Report of an investigation of the epidemic of malarial fever in Assam, or, kala-azar
Disease focus: Malaria
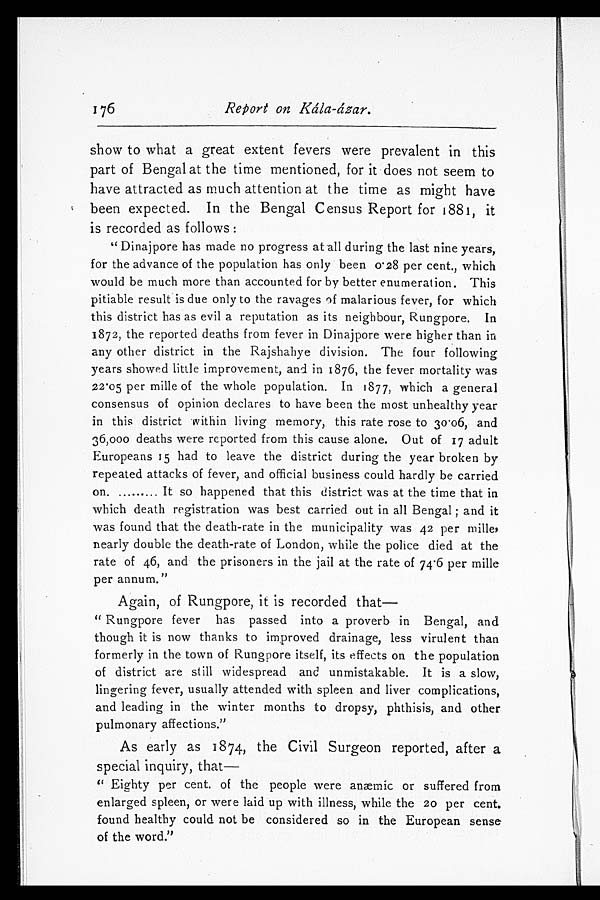
show to what a great extent fevers were prevalent in this
part of Bengal at the time mentioned, for it does not seem to
have attracted as much attention at the time as might have
been expected. In the Bengal Census Report for 1881, it
is recorded as follows:
"Dinajpore has made no progress at all during the last nine years,
for the advance of the population has only been 0·28 per cent., which
would be much more than accounted for by better enumeration. This
pitiable result is due only to the ravages of malarious fever, for which
this district has as evil a reputation as its neighbour, Rungpore. In
1872, the reported deaths from fever in Dinajpore were higher than in
any other district in the Rajshahye division. The four following
years showed little improvement, and in 1876, the fever mortality was
22·05 per mille of the whole population. In 1877, which a general
consensus of opinion declares to have been the most unhealthy year
in this district within living memory, this rate rose to 30·06, and
36,000 deaths were reported from this cause alone. Out of 17 adult
Europeans 15 had to leave the district during the year broken by
repeated attacks of fever, and official business could hardly be carried
on. ......... It so happened that this district was at the time that in
which death registration was best carried out in all Bengal; and it
was found that the death-rate in the municipality was 42 per mille,
nearly double the death-rate of London, while the police died at the
rate of 46, and the prisoners in the jail at the rate of 74·6 per mille
per annum."
Again, of Rungpore, it is recorded that
—
"Rungpore fever has passed into a proverb in Bengal, and
though it is now thanks to improved drainage, less virulent than
formerly in the town of Rungpore itself, its effects on the population
of district are still widespread and unmistakable. It is a slow,
lingering fever, usually attended with spleen and liver complications,
and leading in the winter months to dropsy, phthisis, and other
pulmonary affections."
As early as 1874, the Civil Surgeon reported, after a
special inquiry, that
—
"Eighty per cent. of the people were anæmic or suffered from
enlarged spleen, or were laid up with illness, while the 20 per cent.
found healthy could not be considered so in the European sens
e of the word."